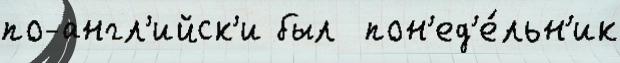
по-англ'ийск'и был  пон'ед'е́льн'ик